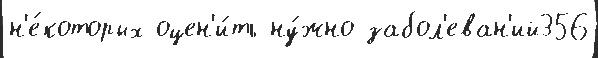
н'е́которых оцен'и́ть ну́жно забол'еван'ий356